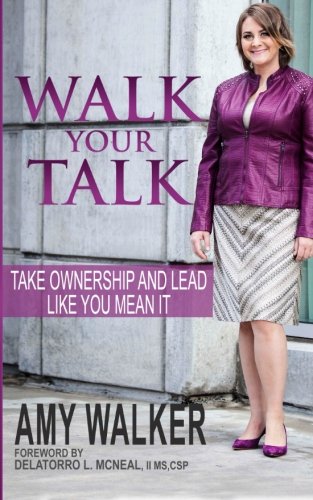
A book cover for Walk Your Talk: Take Ownership and Lead Like You Mean It; Amy Walker; Self-Help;